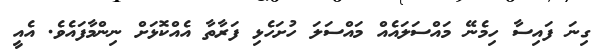
ގިނަ ފައިސާ ހިމެނޭ މައްސަލައެއް މައްސަލަ ހުށަހެޅި ފަރާތާ އެއްކޮޅަށް ނިންމާފައެވެ. އެއީ